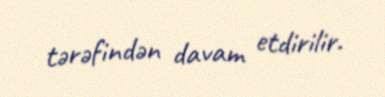
tərəfindən davam etdirilir.